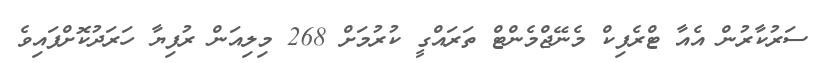
ސަރުކާރުން އެއާ ޓްރެފިކް މެނޭޖްމެންޓް ތަރައްގީ ކުރުމަށް 268 މިލިއަން ރުފިޔާ ހަރަދުކޮށްފައިވެ